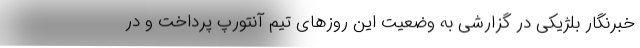
خبرنگار بلژیکی در گزارشی به وضعیت این روزهای تیم آنتورپ پرداخت و در